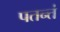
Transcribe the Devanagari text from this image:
पतन्तं